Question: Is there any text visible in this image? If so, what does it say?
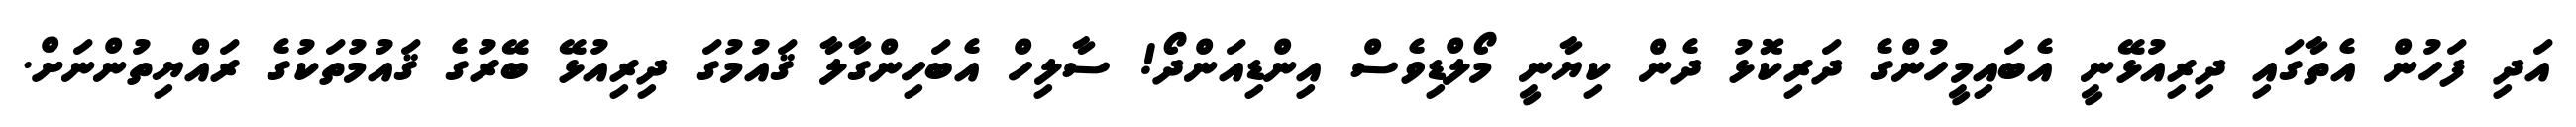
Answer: އަދި ފަހުން އެތާގައި ދިރިއުޅޭނީ އެބައިމީހުންގެ ދަރިކޮޅު ދެން ކިޔާނީ މޯލްޑިވެސް އިންޑިއަންދޯ! ސާލިހް އެބަހިންގާލާ ޤައުމުގަ ދިރިއުޅޭ ބޭރުގެ ޤައުމުތަކުގެ ރައްޔިތުންނަށް.